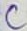
Text: C